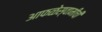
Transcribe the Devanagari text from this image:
आफळेस्वामींची